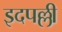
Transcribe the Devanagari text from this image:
इदपल्ली